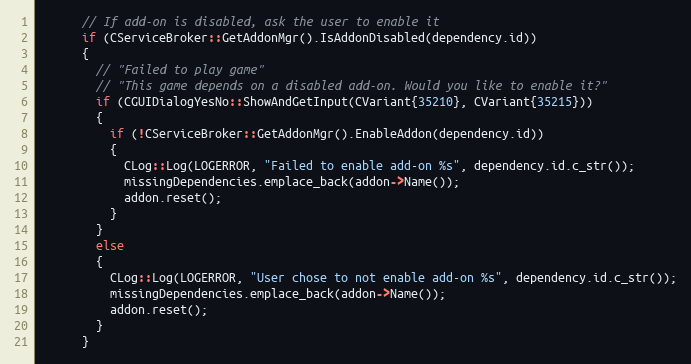
Language: C++
      // If add-on is disabled, ask the user to enable it
      if (CServiceBroker::GetAddonMgr().IsAddonDisabled(dependency.id))
      {
        // "Failed to play game"
        // "This game depends on a disabled add-on. Would you like to enable it?"
        if (CGUIDialogYesNo::ShowAndGetInput(CVariant{35210}, CVariant{35215}))
        {
          if (!CServiceBroker::GetAddonMgr().EnableAddon(dependency.id))
          {
            CLog::Log(LOGERROR, "Failed to enable add-on %s", dependency.id.c_str());
            missingDependencies.emplace_back(addon->Name());
            addon.reset();
          }
        }
        else
        {
          CLog::Log(LOGERROR, "User chose to not enable add-on %s", dependency.id.c_str());
          missingDependencies.emplace_back(addon->Name());
          addon.reset();
        }
      }